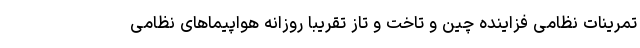
تمرینات نظامی فزاینده چین و تاخت و تاز تقریباً روزانه هواپیماهای نظامی